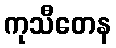
ကုသီတေန